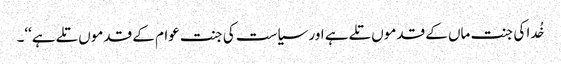
خُدا کی جنت ماں کے قدموں تلے ہے اور سیاست کی جنت عوام کے قدموں تلے ہے‘‘۔